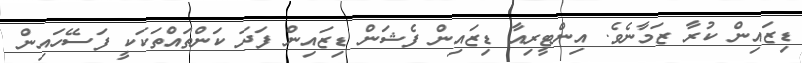
ޑިޒައިން ކުރާ ޒަމާނެވެ. އިންޓީރިއާ ޑިޒައިން ފެޝަން ޑިޒައިން ފަދަ ކަންތައްތަކަކީ ފަސޭހައިން